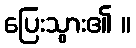
ပြေးသွား၏ ။